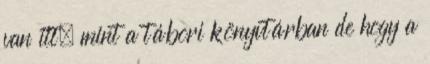
van itt, mint a tábori könyvtárban de hogy a